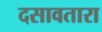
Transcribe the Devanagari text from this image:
दसावतारा